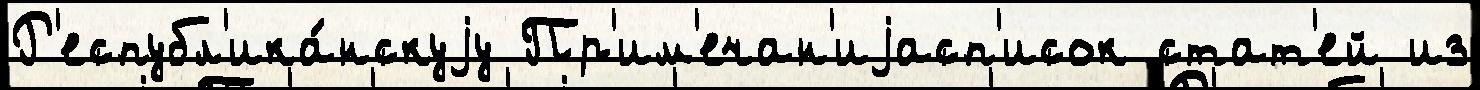
Р'еспубл'ика́нскуjу Пр'им'ечан'иjасп'исок стат'ей из